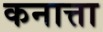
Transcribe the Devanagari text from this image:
कनात्ता